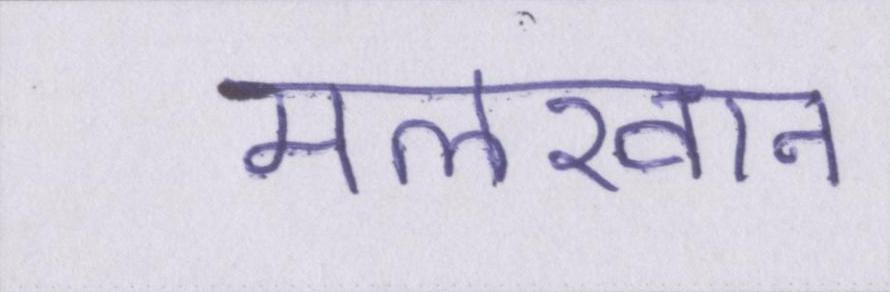
मलखान